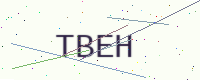
Text: TBEH